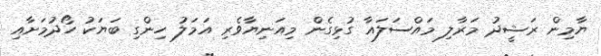
ޔާމިން ރަޝީދު މަރާލި މައްސަލައާ ގުޅިގެން މިއަނިޔާވެރި އަމަލު ހިންގި ބަޔަކު ހޯދުމަށާއި